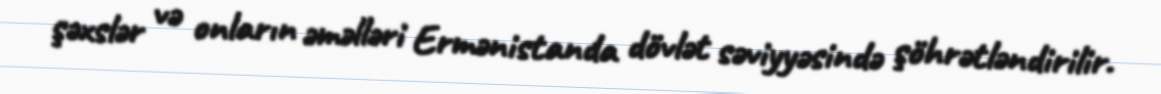
şəxslər və onların əməlləri Ermənistanda dövlət səviyyəsində şöhrətləndirilir.